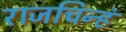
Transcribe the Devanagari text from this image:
राजचिन्हं